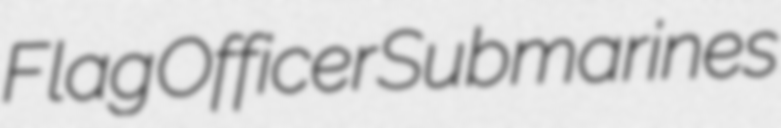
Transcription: Flag Officer Submarines